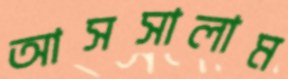
আসসালাম